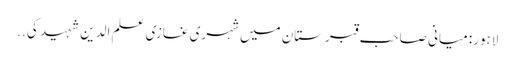
لاہور: میانی صاحب قبرستان میں شہری غازی علم الدین شہید کی ..